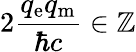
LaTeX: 2{\frac{q_{\mathrm{e}}q_{\mathrm{m}}}{\hbar c}}\in\mathbb{Z}